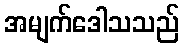
အမျက်ဒေါသသည်